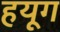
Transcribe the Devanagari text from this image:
हयूग